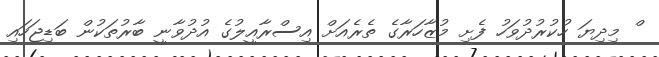
ް މިދިޔަ ހުކުރުދުވަހު ފެށި މުޒާހަރާގެ ތެރެއަށް އިސްރާއީލުގެ އުދުވާނީ ބާރުތަކުން ބަޑިޖަހައި